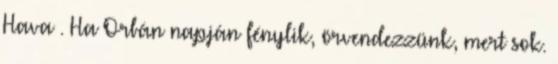
Hava . Ha Orbán napján fénylik, örvendezzünk, mert sok.